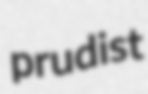
prudist